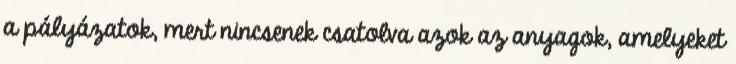
a pályázatok, mert nincsenek csatolva azok az anyagok, amelyeket